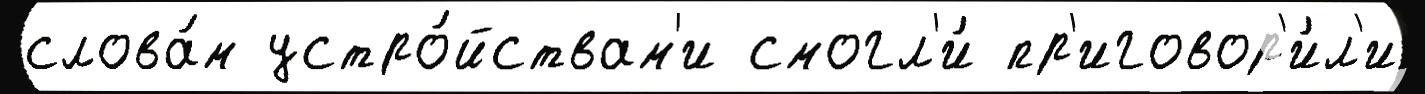
слова́м устро́йствам'и смогл'и́ пр'иговор'и́л'и